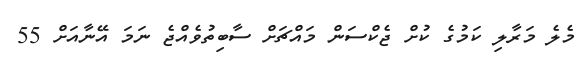
މެލެ މަރާލި ކަމުގެ ކުށް ޖެކްސަން މައްޗަށް ސާބިތުވެއްޖެ ނަމަ އޭނާއަށް 55